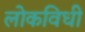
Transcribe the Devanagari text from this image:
लोकविधी